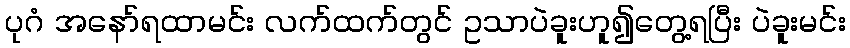
ပုဂံ အနော်ရထာမင်း လက်ထက်တွင် ဥသာပဲခူးဟူ၍တွေ့ရပြီး ပဲခူးမင်း